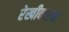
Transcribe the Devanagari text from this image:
रेखीकरण